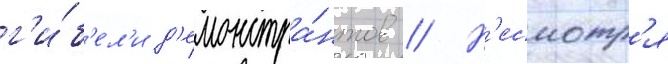
г'и́б'ел'и д'емонстра́нтов // Н'есмотр'я